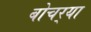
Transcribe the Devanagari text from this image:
बोचर्‍या